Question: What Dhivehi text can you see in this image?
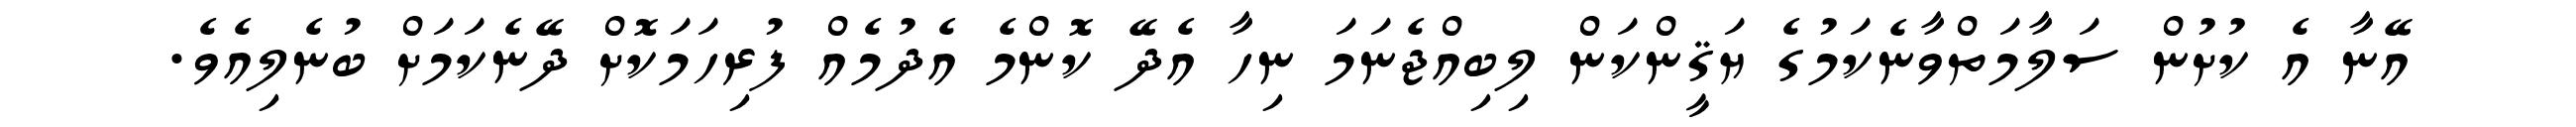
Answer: އޭނާ އެ ކުށުން ސަލާމަތްވާނެކަމުގެ ޔަޤީންކަން ލިބިއްޖެނަމަ ނިހާ އެދޭ ކޮންމެ އެދުމެއް ފުރިހަމަކޮށް ދޭނެކަމަށް ބުނެލިއެވެ.